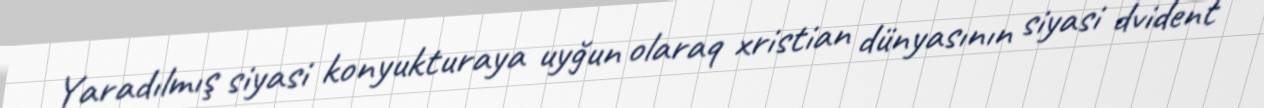
Yaradılmış siyasi konyukturaya uyğun olaraq xristian dünyasının siyasi dvident